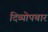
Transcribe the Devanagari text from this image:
दिव्योपचार